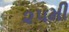
૨૫મી